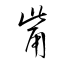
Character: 觜